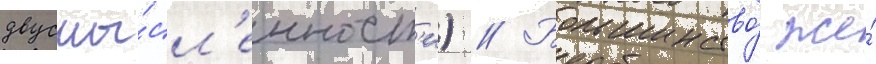
двусмы́сл'енност'и) // Большинство́ же́